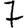
Digit: 7